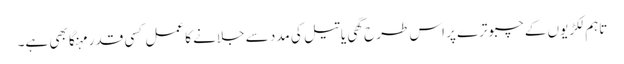
تاہم لکڑیوں کے چبوترے پر اس طرح گھی یا تیل کی مدد سے جلانے کا عمل کسی قدر مہنگا بھی ہے۔